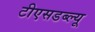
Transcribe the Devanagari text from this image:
टीएसडब्ल्यू